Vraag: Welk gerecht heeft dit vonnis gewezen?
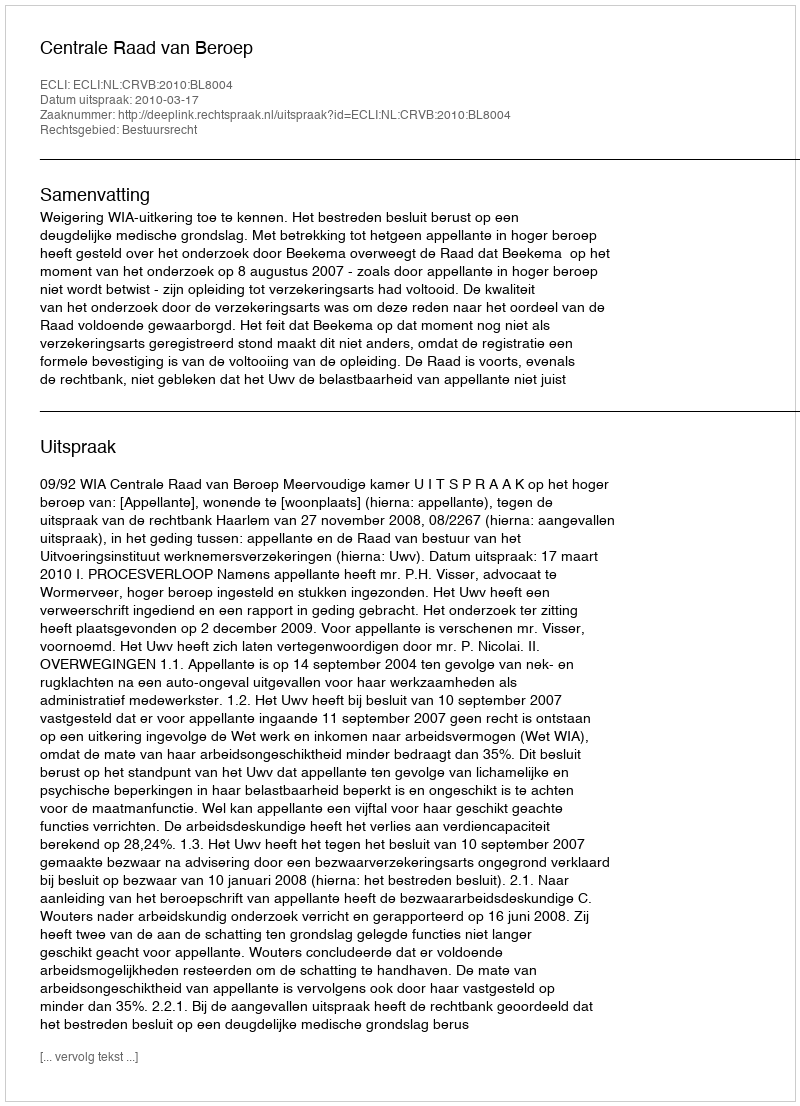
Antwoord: Centrale Raad van Beroep